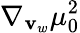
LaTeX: \nabla_{\mathbf{v}_{w}}\mu_{0}^{2}